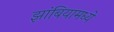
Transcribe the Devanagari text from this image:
झांबियामध्ये